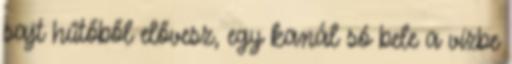
sajt hűtőből elővesz, egy kanál só bele a vízbe